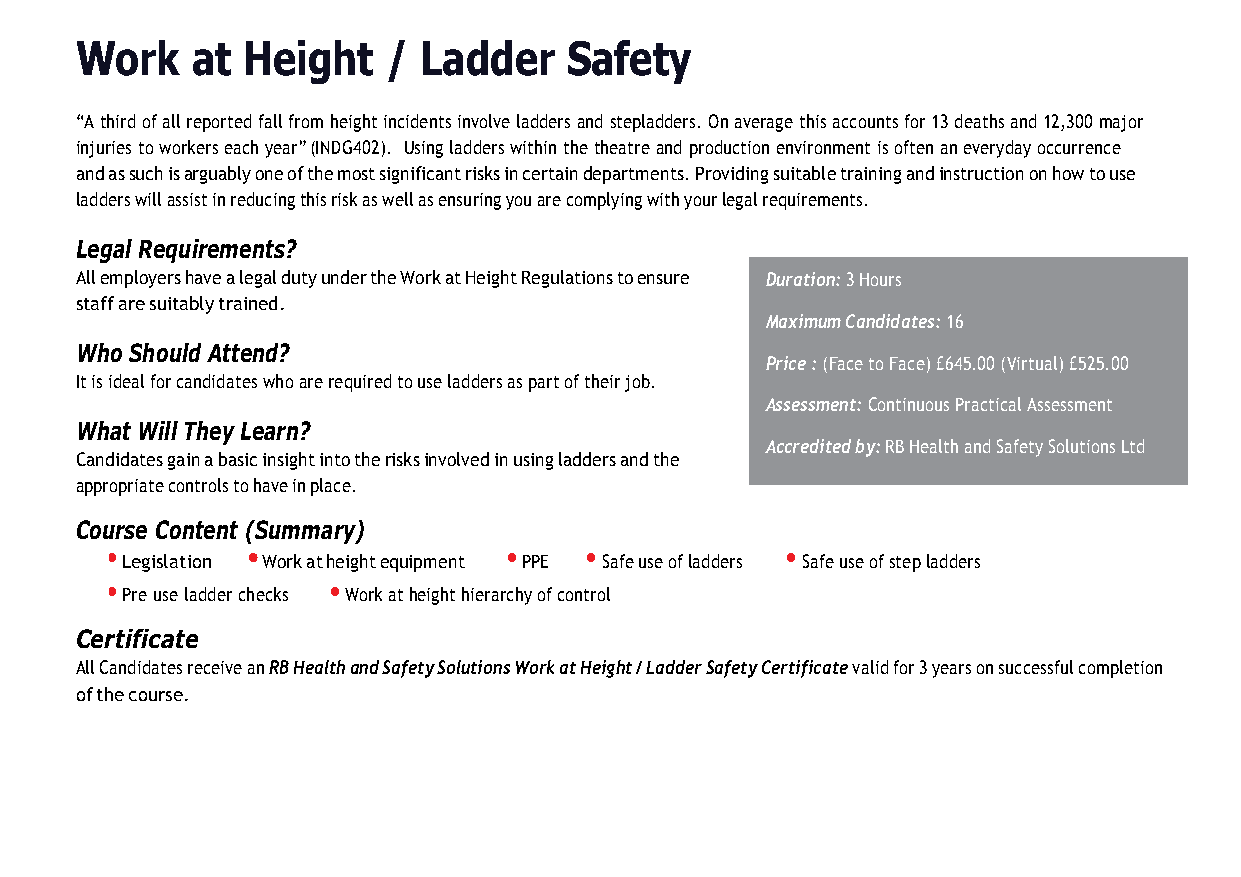
Work    at Height    / Ladder    Safety
 “A third of all reported fall from height incidents involve ladders and stepladders. On average this accounts for 13 deaths and 12,300 major
 injuries to workers each year” (INDG402). Using ladders within the theatre and production environment is often an everyday occurrence
 and as such is arguably one of the most significant risks in certain departments. Providing suitable training and instruction on how to use
 ladders will assist in reducing this risk as well as ensuring you are complying with your legal requirements.
 Legal Requirements?
 All employers have a legal duty under the Work at Height Regulations to ensure Duration: 3 Hours
 staff are suitably trained.
 Maximum Candidates: 16
 Who Should Attend?
 Price : (Face to Face) £645.00 (Virtual) £525.00
 It is ideal for candidates who are required to use ladders as part of their job.
 Assessment: Continuous Practical Assessment
 What Will They Learn?
 Accredited by: RB Health and Safety Solutions Ltd
 Candidates gain a basic insight into the risks involved in using ladders and the
 appropriate controls to have in place.
 Course Content (Summary)
 •        •                •     •            •
 Legislation Work at height equipment PPE Safe use of ladders Safe use of step ladders
 •              •
 Pre use ladder checks Work at height hierarchy of control
 Certificate
 All Candidates receive an RB Health and Safety Solutions Work at Height / Ladder Safety Certificate valid for 3 years on successful completion
 of the course.